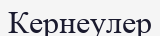
Кернеулер